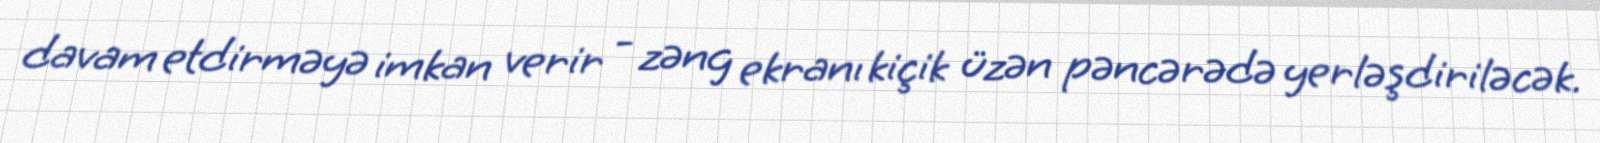
davam etdirməyə imkan verir - zəng ekranı kiçik üzən pəncərədə yerləşdiriləcək.